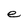
Character: e